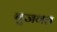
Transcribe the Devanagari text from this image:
बुजवत